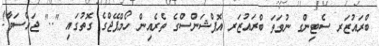
ބްރައުޒަރ ސެޓިންގ ނުވަތަ ބްރައުޒަރ އޮޕްޝަންސްގެ ތެރެއިން ހޯމްޕޭޖްގެ ގޮތުގައި ".." ޖައްސަވާ!